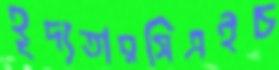
হূদ্যতারসিএইচ